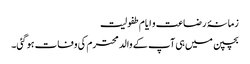
زمانۂ رضاعت و ایام طفولیت
بچپن میں ہی آپ کے والد محترم کی وفات ہوگئی۔